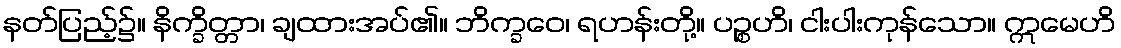
နတ်ပြည့်၌။ နိက္ခိတ္တာ၊ ချထားအပ်၏။ ဘိက္ခဝေ၊ ရဟန်းတို့။ ပဉ္စဟိ၊ ငါးပါးကုန်သော။ ဣမေဟိ